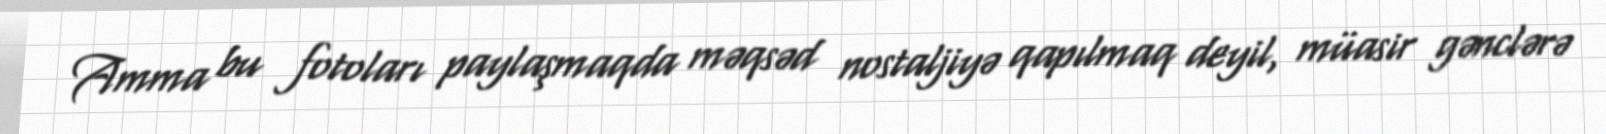
Amma bu fotoları paylaşmaqda məqsəd nostaljiyə qapılmaq deyil, müasir gənclərə